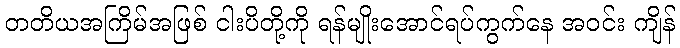
တတိယအကြိမ်အဖြစ် ငါးပိတို့ကို ရန်မျိုးအောင်ရပ်ကွက်နေ အဝင်း ကျိန်